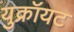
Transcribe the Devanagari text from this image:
युक्रॉयट